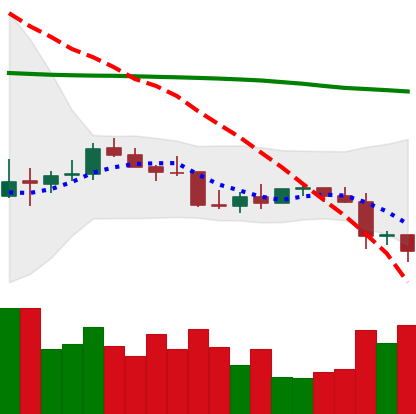
Ticker: LTC-USD
Chart end date: 2022-01-07
Forward return: 7.794%
Label: up_7plus